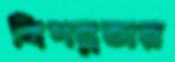
বিপন্নতার